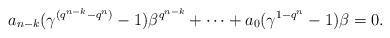
LaTeX: \begin{align*} a_{n-k}(\gamma^{(q^{n-k}-q^n)}-1)\beta^{q^{n-k}}+\cdots +a_0(\gamma^{1-q^n}-1)\beta=0. \end{align*}